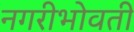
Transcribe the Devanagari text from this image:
नगरीभोवती